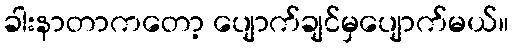
ခါးနာတာကတော့ ပျောက်ချင်မှပျောက်မယ်။